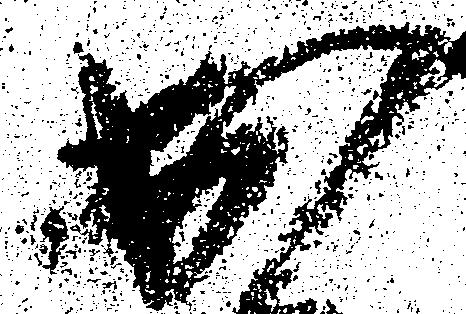
出